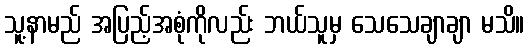
သူ့နာမည် အပြည့်အစုံကိုလည်း ဘယ်သူမှ သေသေချာချာ မသိ။